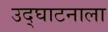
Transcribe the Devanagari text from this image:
उद्घाटनाला